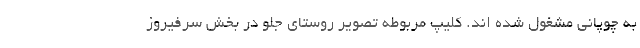
به چوپانی مشغول شده اند. کلیپ مربوطه تصویر روستای جلو در بخش سرفیروز